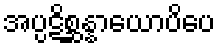
အပ္ပဋိစ္ဆန္နာယောပိပေ